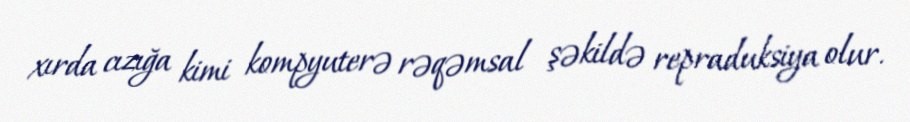
xırda cızığa kimi kompyuterə rəqəmsal şəkildə repraduksiya olur.